Vaccination report Assam 1874-1896 - 1874-1896
Year: 1874
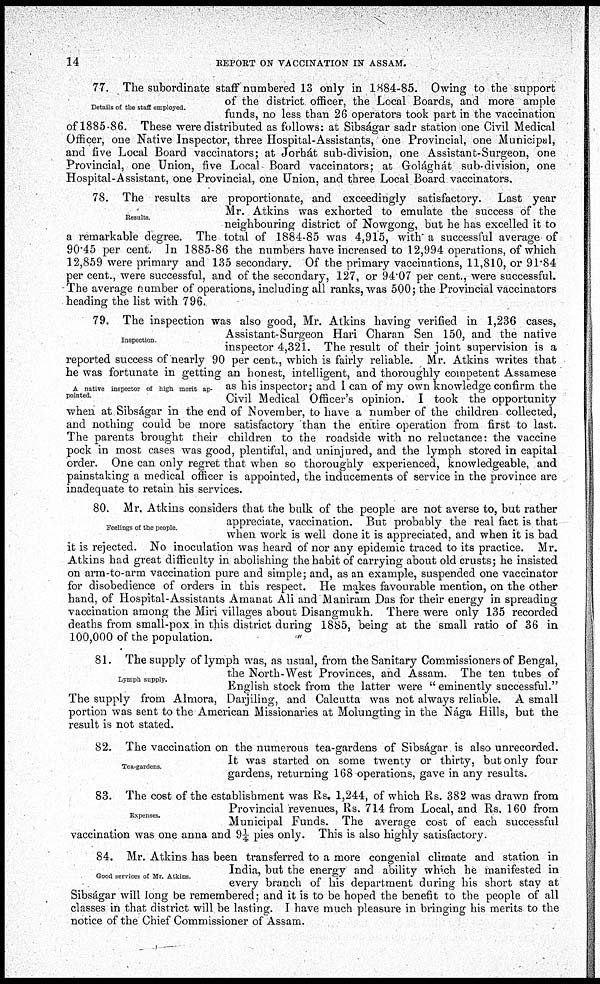
14
REPORT ON VACCINATION IN ASSAM.
Details of the staff employed.
77. The subordinate staff numbered 13 only in 1884-85. Owing to the support
of the district officer, the Local Boards, and more ample
funds, no less than 26 operators took part in the vaccination
of 1885-86. These were distributed as follows: at Sibságar sadr station one Civil Medical
Officer, one Native Inspector, three Hospital-Assistants, one Provincial, one Municipal,
and five Local Board vaccinators; at Jorhát sub-division, one Assistant-Surgeon, one
Provincial, one Union, five Local Board vaccinators; at Golághát sub-division, one
Hospital-Assistant, one Provincial, one Union, and three Local Board vaccinators.
Results
78. The results are proportionate, and exceedingly satisfactory. Last year
Mr. Atkins was exhorted to emulate the success of the
neighbouring district of Nowgong, but he has excelled it to
a remarkable degree. The total of 1884-85 was 4,915, with a successful average of
90.45 per cent. In 1885-86 the numbers have increased to 12,994 operations, of which
12,859 were primary and 135 secondary. Of the primary vaccinations, 11,810, or 91.84
per cent., were successful, and of the secondary, 127, or 94.07 per cent., were successful.
The average number of operations, including all ranks, was 500; the Provincial vaccinators
heading the list with 796.
Inspection.
A native inspector of high merit ap-
pointed.
79. The inspection was also good, Mr. Atkins having verified in 1,236 cases,
Assistant-Surgeon Hari Charan Sen 150, and the native
inspector 4,321. The result of their joint supervision is a
reported success of nearly 90 per cent., which is fairly reliable. Mr. Atkins writes that
he was fortunate in getting an honest, intelligent, and thoroughly competent Assamese
as his inspector; and I can of my own knowledge confirm the
Civil Medical Officer's opinion. I took the opportunity
when at Sibságar in the end of November, to have a number of the children collected,
and nothing could be more satisfactory than the entire operation from first to last.
The parents brought their children to the roadside with no reluctance: the vaccine
pock in most cases was good, plentiful, and uninjured, and the lymph stored in capital
order. One can only regret that when so thoroughly experienced, knowledgeable, and
painstaking a medical officer is appointed, the inducements of service in the province are
inadequate to retain his services.
Feelings of the people
80. Mr. Atkins considers that the bulk of the people are not averse to, but rather
appreciate, vaccination. But probably the real fact is that
when work is well done it is appreciated, and when it is bad
it is rejected. No inoculation was heard of nor any epidemic traced to its practice. Mr.
Atkins had great difficulty in abolishing the habit of carrying about old crusts; he insisted
on arm-to-arm vaccination pure and simple; and, as an example, suspended one vaccinator
for disobedience of orders in this respect. He makes favourable mention, on the other
hand, of Hospital-Assistants Amanat Ali and Maniram Das for their energy in spreading
vaccination among the Miri villages about Disangmukh. There were only 135 recorded
deaths from small-pox in this district during 1885, being at the small ratio of 36 in
100,000 of the population.
"
Lymph supply.
81. The supply of lymph was, as usual, from the Sanitary Commissioners of Bengal,
the North-West Provinces, and Assam. The ten tubes of
English stock from the latter were " eminently successful."
The supply from Almora, Darjiling, and Calcutta was not always reliable. A small
portion was sent to the American Missionaries at Molungting in the Nága Hills, but the
result is not stated.
Tea-gardens.
82. The vaccination on the numerous tea-gardens of Sibságar is also unrecorded.
It was started on some twenty or thirty, but only four
gardens, returning 168 operations, gave in any results.
Expenses.
83. The cost of the establishment was Rs. 1,244, of which Rs. 382 was drawn from
Provincial revenues, Rs. 714 from Local, and Rs. 160 from
Municipal Funds. The average cost of each successful
vaccination was one anna and 9 ¼ pies only. This is also highly satisfactory.
Good services of Mr. Atkins.
84. Mr. Atkins has been transferred to a more congenial climate and station in
India, but the energy and ability which he manifested in
every branch of his department during his short stay at
Sibságar will long be remembered; and it is to be hoped the benefit to the people of all
classes in that district will be lasting. I have much pleasure in bringing his merits to the
notice of the Chief Commissioner of Assam.